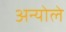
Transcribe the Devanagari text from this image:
अन्योले